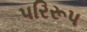
પરિરૂપ